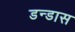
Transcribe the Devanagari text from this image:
डन्डास